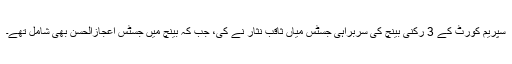
سپریم کورٹ کے 3 رکنی بینچ کی سربراہی جسٹس میاں ثاقب نثار نے کی، جب کہ بینچ میں جسٹس اعجازالحسن بھی شامل تھے۔